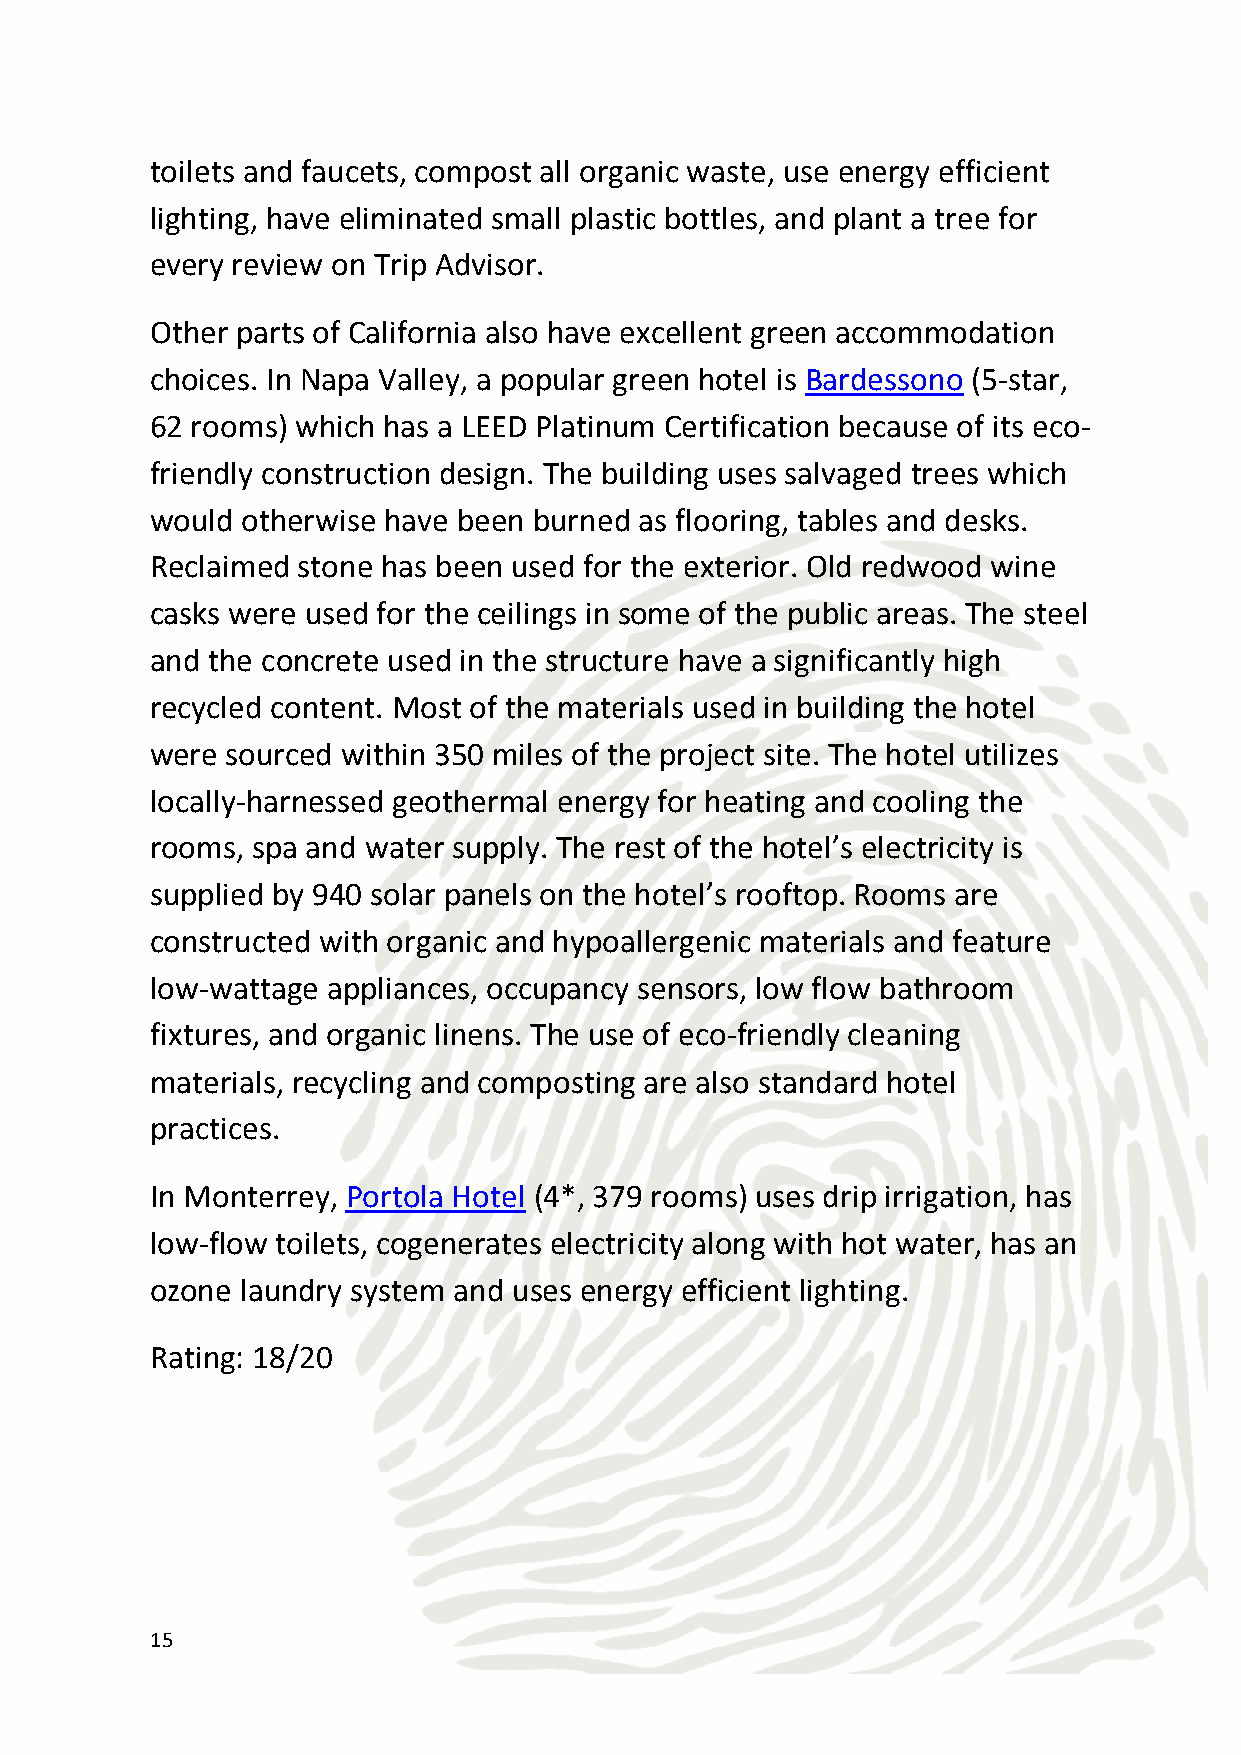
Sustainable Dining
 As expected, the cuisine in California is a melting pot of cultures.
 Experience world-class food with an eco-friendly touch in restaurants
 such as the Pizza Fusion (Los Angeles, Hollywood & Santa Monica)
 which serves organic pizza, pasta and salads; Real Food Daily
 (Hollywood and Santa Monica) and Café Gratitude (San Francisco)
 which serve premium organic vegan meals; the Plant Café Organic
 (San Francisco) which sources its ingredients locally and used
 recycled and reclaimed materials in the building; and the Ubuntu
 Restaurant and Yoga Studio in Napa valley which gets its produce and
 wine from biodynamic and sustainable farms and vineyards in the
 area.
 SF’s Food Service Waste Reduction Ordinance requires that
 restaurants and other food service businesses use compostable or
 recyclable food service containers and utensils. Stores are prohibited
 from distributing Styrofoam containers or plastic bags.
 Rating 18/20
 Green Meeting Facilities
 California is also home to many green meeting facilities. One of the
 best is Westin South Coast Plaza (4*, 392 rooms) in Orange County
 which has a green meeting service wherein event guests use
 notepads and pens made from recycled materials, dine using
 recycled paper cups and boxed lunch containers, and enjoy meals
 prepared with locally sourced produce. The hotel can provide organic
 flowers in the table setting upon request.
 The Sheraton Anaheim Hotel, Sheraton Agoura Hills Hotel, and Four
 Points by Sheraton Bakersfield (all 3*) all have a green meeting
 16